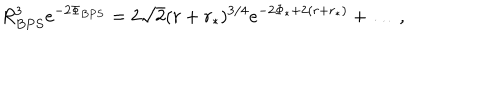
LaTeX: R _ { B P S } ^ { 3 } e ^ { - 2 \Phi _ { B P S } } = 2 \sqrt { 2 } ( r + r _ { * } ) ^ { 3 / 4 } e ^ { - 2 \Phi _ { * } + 2 ( r + r _ { * } ) } + \ldots \, ,